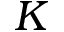
K